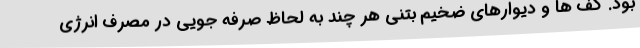
بود. کف ها و دیوارهای ضخیم بتنی هر چند به لحاظ صرفه جویی در مصرف انرژی